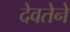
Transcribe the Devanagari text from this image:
देवतेने